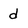
Character: d